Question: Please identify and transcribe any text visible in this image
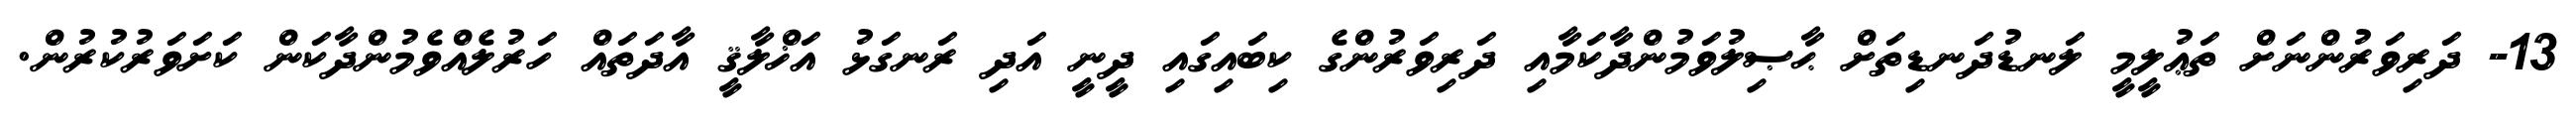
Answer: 13- ދަރިވަރުންނަށް ތަޢުލީމީ ލަނޑުދަނޑިތަށް ޙާޞިލުވަމުންދާކަމާއި ދަރިވަރުންގެ ކިބައިގައި ދީނީ އަދި ރަނގަޅު އަޚްލާޤީ އާދަތައް ހަރުލެއްވެމުންދާކަން ކަށަވަރުކުރުން.